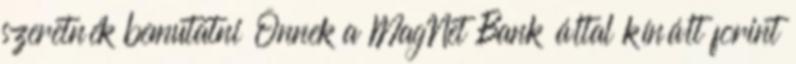
szeretnék bemutatni Önnek a MagNet Bank által kínált forint